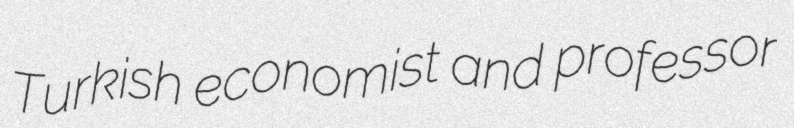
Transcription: Turkish economist and professor